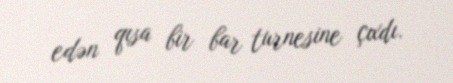
edən qısa bir bar turnesine çıxdı.